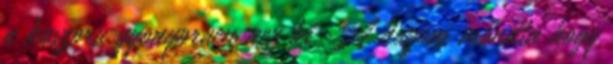
a koszoru gyonyoruen nez ki. A hugom mondta hogy